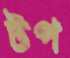
টপ